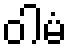
ဝါမံ